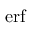
\textstyle \operatorname { e r f }